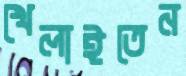
খেলাইতেন